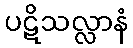
ပဋိသလ္လာနံ